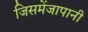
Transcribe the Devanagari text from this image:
जिसमेंजापानी